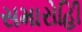
સમારોહિી